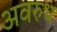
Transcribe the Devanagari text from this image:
अवरुध